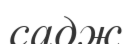
садж